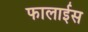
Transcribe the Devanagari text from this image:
फालाईस